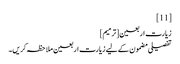
[11]
زیارت اربعین[ترمیم]
تفصیلی مضمون کے لیے زیارت اربعین ملاحظہ کریں۔